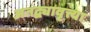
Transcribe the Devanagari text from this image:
अतद्व्यावृत्त्या